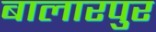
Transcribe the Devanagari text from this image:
बालारपुर